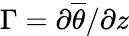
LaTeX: \Gamma=\partial\overline{{\theta}}/\partial z